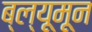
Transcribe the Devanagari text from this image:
ब्ल्यूमून